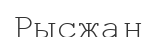
Рысжан